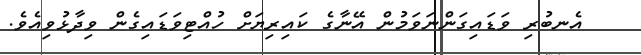
އެނބުރި ވަޑައިގަންނަވަމުން އޭނާގެ ކައިރިޔަށް ހުއްޓިވަޑައިގެން ވިދާޅުވިއެވެ.